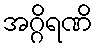
အဂ္ဂိရဏိ